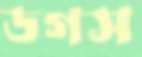
ডগস